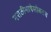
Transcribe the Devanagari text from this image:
मराठीभाषेसोबतच